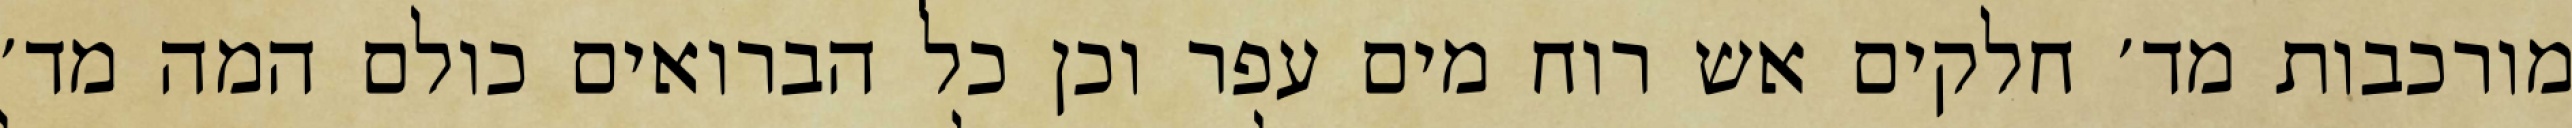
מורכבות מד׳ חלקים אש רוח מים עפר וכן כל הברואים כולם המה מד׳